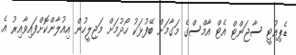
ޑެޕިއުޓީ ސާޖަންޓް އެޓް އާމްސްގެ މަގާމަށް ބޭފުޅަކު ހޯދުމަށް މަޖިލީހުން އިއުލާންކޮށްފައިވާއިރު އެ